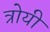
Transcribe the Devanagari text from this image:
त्रोयी